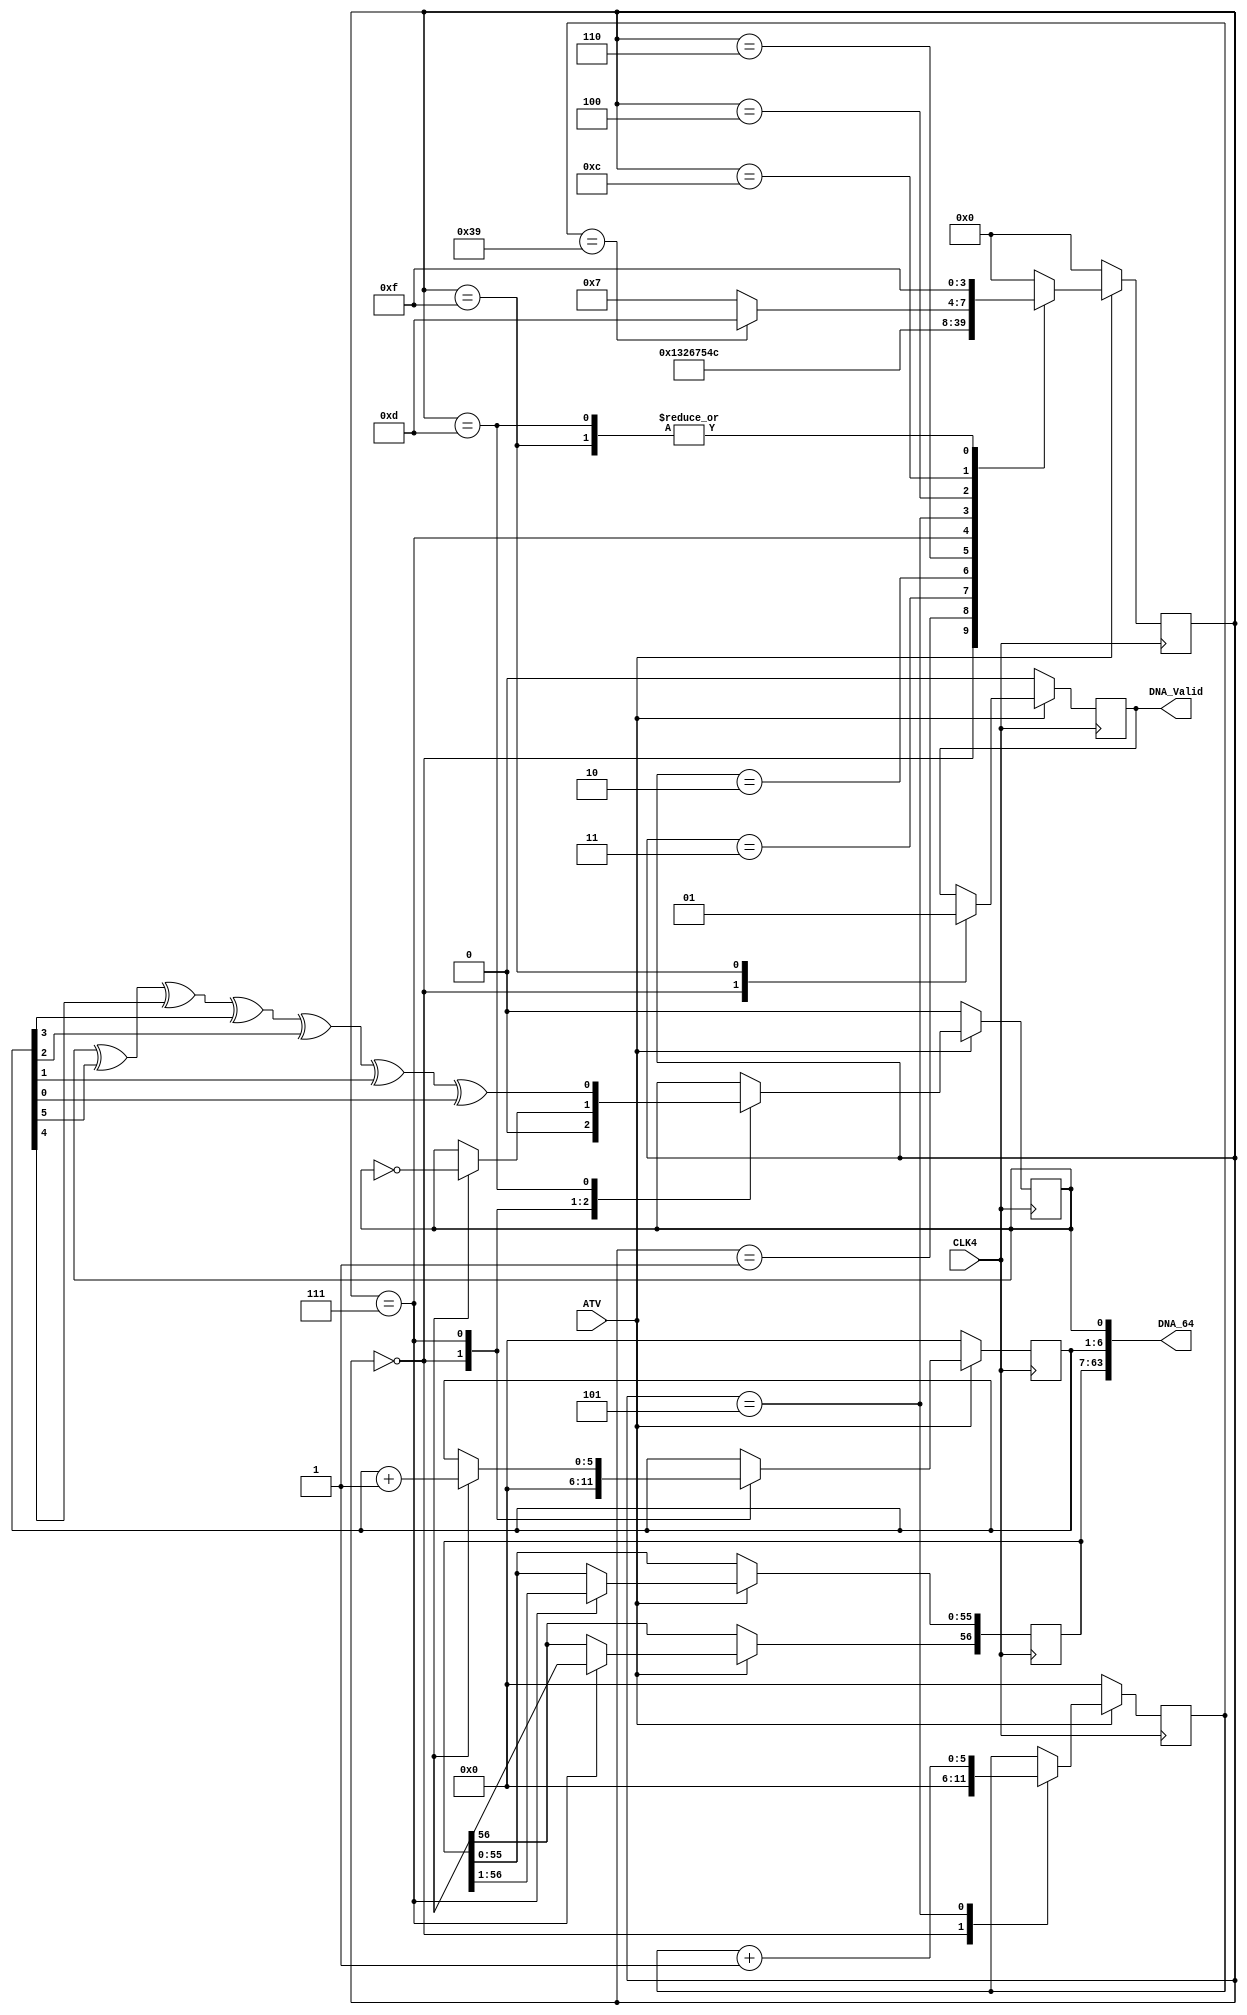
`timescale 1ns / 1ps
//////////////////////////////////////////////////////////////////////////////////
// Company: 
// Engineer: 
// 
// Design Name: 
// Module Name:    dna_p1 
// Project Name: 
// Target Devices: 
// Tool versions: 
// Description: 
//
// Dependencies: 
//
// Revision: 
// Revision 0.01 - File Created
// Additional Comments: 
//
//////////////////////////////////////////////////////////////////////////////////
module dna_p1(
    input ATV,					// Active and arm signal
    input CLK4,				// very fast clock
    output [63:0] DNA_64,		// 64 bit DNA code with check bits
    output reg DNA_Valid	// the code now is valid
);

reg 		dna_read,dna_shift,dna_clk;
wire 		dna_out;
reg	[5:0]	dna_counter;	// a six bit counter for the dna
reg	[3:0]	dna_ST;		// 4 bit state machine
reg	[5:0]	Adder1;		// a six bit result of bit adding
reg	Parity;				// a one bit result of parity
reg	[56:0] DNA_R;


parameter DnIdle	= 4'b0000;
parameter Dn01		= 4'b0001;
parameter Dn02		= 4'b0011;
parameter Dn03		= 4'b0010;
parameter Dn04		= 4'b0110;
parameter Dn10		= 4'b0111;
parameter Dn11		= 4'b0101;
parameter Dn12		= 4'b0100;
parameter Dn13		= 4'b1100;
parameter Dn20		= 4'b1101;
parameter Dn99		= 4'b1111;


assign	DNA_64[63:7] = DNA_R[56:0];
assign	DNA_64[6:1]	 = Adder1[5:0];
assign	DNA_64[0]	 = Parity;

always @(posedge CLK4) begin
if (ATV == 1'b0) begin
	dna_read		<= 0;
	dna_shift	<= 0;
	dna_clk		<= 0;
	dna_counter	<= 6'b00_0000;
	Adder1		<= 6'b00_0000;
	Parity		<= 1'b0;
	DNA_Valid	<= 1'b0;			// always not valid yet
	dna_ST		<= DnIdle;		// always idle now
end else begin
//// ========= State machine default state ======
	case (dna_ST)
	DnIdle: begin
		dna_read		<= 0;
		dna_shift	<= 0;
		dna_clk		<= 0;
		dna_counter	<= 6'b00_0000;
		Adder1		<= 6'b00_0000;
		Parity		<= 1'b0;
		DNA_Valid	<= 1'b0;			// always not valid yet
		dna_ST		<= Dn01;
	end
	Dn01	: begin
		dna_read		<= 1;			// raise the read port
		dna_ST		<= Dn02;
	end
	Dn02	: begin
		dna_clk		<= 1;			// rising edge of pulse, will clock the DNA port
		dna_ST		<= Dn03;
	end
	Dn03	: begin
		dna_clk		<= 0;			// remove clock pulse
		dna_ST		<= Dn04;
	end
	Dn04	: begin
		dna_read		<= 0;			// remove read signal, bit 57 will be in the output port
		dna_shift	<= 1;			// enable shift signal
		dna_ST		<= Dn10;
	end
//// =========== shift the DNA raw data now =======================
	Dn10	: begin
		DNA_R[55:0]	<= DNA_R[56:1];	// shift the register
		DNA_R[56]	<= dna_out;			// shift the register
		if (dna_out == 1'b1) begin
			Adder1	<= Adder1 + 1;
			Parity	<= ~Parity;
		end
		dna_ST		<= Dn11;
	end
	Dn11	: begin
		dna_counter	<= dna_counter + 1;		// add the counter
		dna_ST		<= Dn12;
	end
	Dn12	: begin
		dna_clk		<= 1'b1;			// rising edge
		dna_ST		<= Dn13;
	end
	Dn13	: begin
		dna_clk		<= 1'b0;			// falling edge
		if (dna_counter == 6'b11_1001) begin		// check 57 for 57 data
			dna_ST	<= Dn20;
		end else begin
			dna_ST	<= Dn10;					// loop back for the data
		end
	end
//// =========== compute final Parity now =======================
	Dn20	: begin
		Parity		<= Parity ^ Adder1[5] ^ Adder1[4] ^ Adder1[3] ^ Adder1[2] ^ Adder1[1] ^ Adder1[0];
		dna_ST		<= Dn99;
	end
//// =========== parity out now =======================
	Dn99	: begin
		DNA_Valid	<= 1'b1;			// say valid
		dna_ST		<= Dn99;			// loop forever
	end
//// ============================================
	default: begin
		dna_ST 		<= DnIdle;		// jump to idle for rouge states
	end
	endcase
end // ATV
end // clock edges
	
endmodule